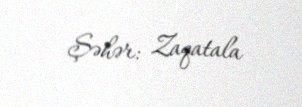
Şəhər: Zaqatala